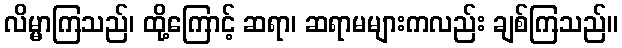
လိမ္မာကြသည်၊ ထို့ကြောင့် ဆရာ၊ ဆရာမများကလည်း ချစ်ကြသည်။